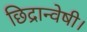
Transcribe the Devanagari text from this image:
छिद्रान्वेषी।